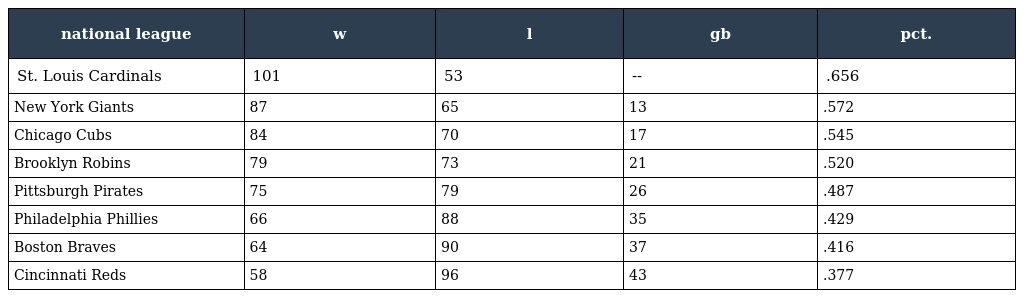
| national league | w | l | gb | pct. |
 | --- | --- | --- | --- | --- |
 | St. Louis Cardinals | 101 | 53 | -- | .656 |
 | New York Giants | 87 | 65 | 13 | .572 |
 | Chicago Cubs | 84 | 70 | 17 | .545 |
 | Brooklyn Robins | 79 | 73 | 21 | .520 |
 | Pittsburgh Pirates | 75 | 79 | 26 | .487 |
 | Philadelphia Phillies | 66 | 88 | 35 | .429 |
 | Boston Braves | 64 | 90 | 37 | .416 |
 | Cincinnati Reds | 58 | 96 | 43 | .377 |